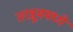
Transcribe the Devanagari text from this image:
तरन्नूममध्ये